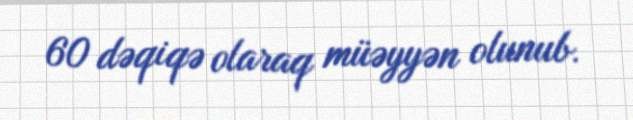
60 dəqiqə olaraq müəyyən olunub.